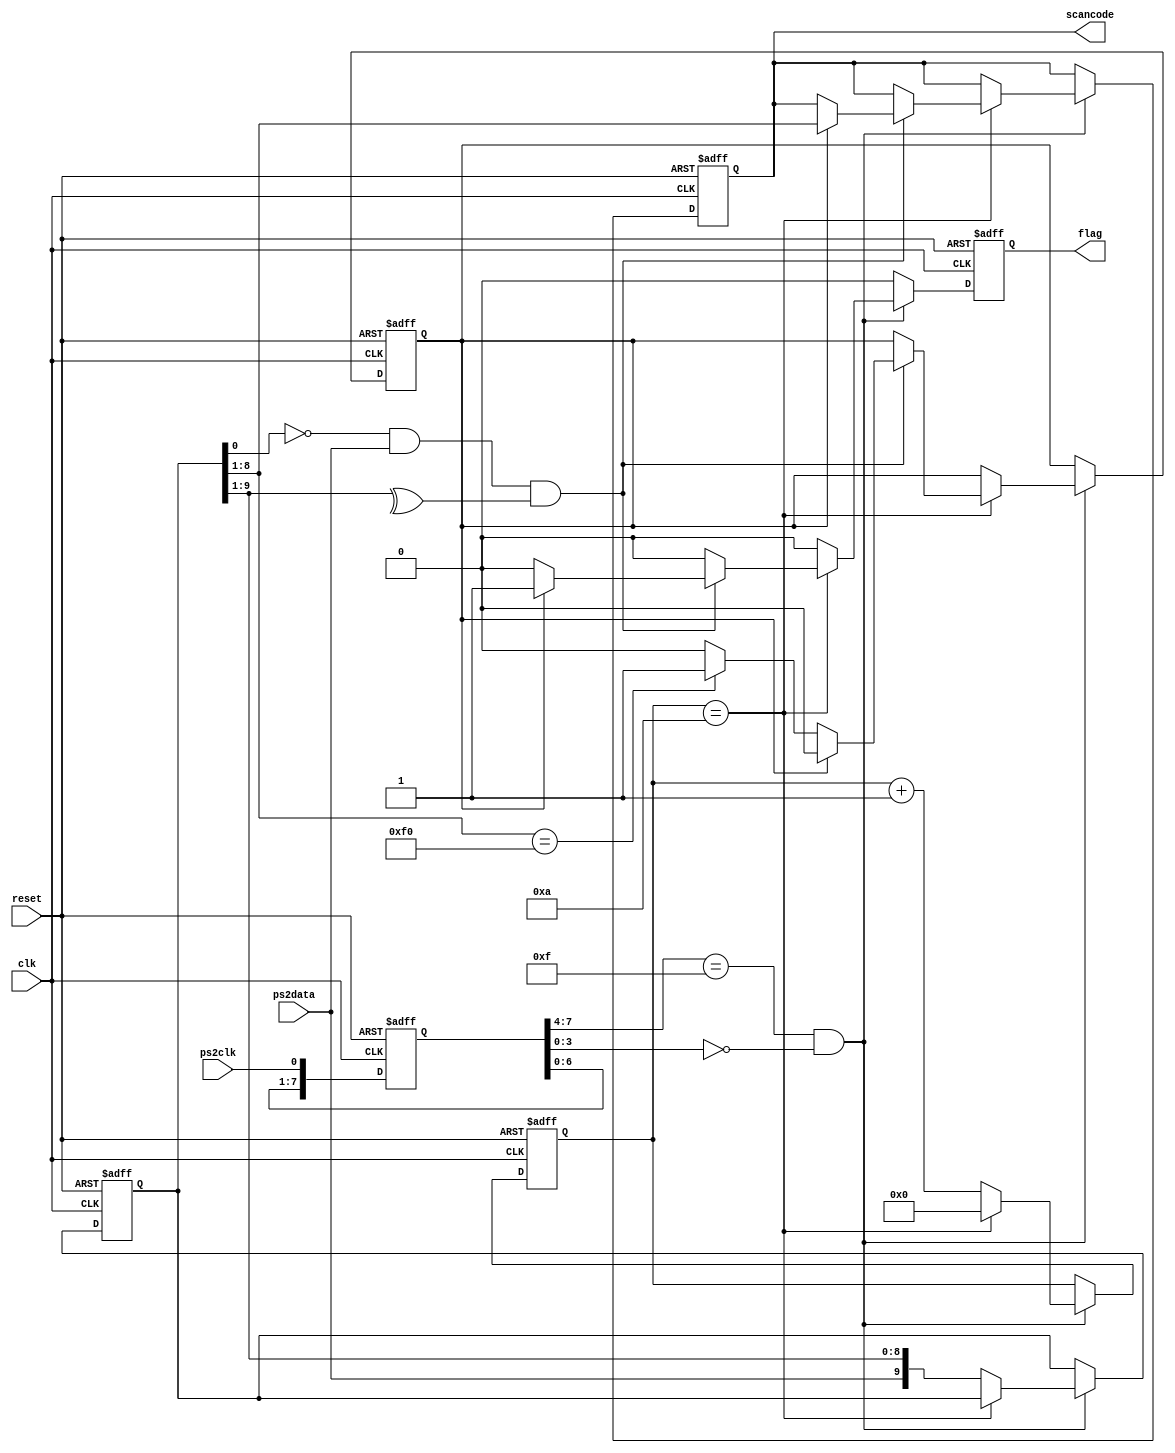
module kbd_protocol (reset, clk, ps2clk, ps2data, scancode, flag);
    input            reset, clk, ps2clk, ps2data;
    output reg [7:0] scancode;
    output reg       flag;
    
    //Synchronize ps2clk to local clock and check for falling edge;
    reg [7:0] ps2clksamples; //Stores last 8 ps2clk samples
    
    always @(posedge clk or posedge reset)
        if(reset) ps2clksamples <= 8'd0;
        else ps2clksamples <= {ps2clksamples[7:0],ps2clk};
    
    wire fall_edge; //indicates a falling edge at ps2clk
    assign fall_edge = (ps2clksamples[7:4]==4'hF)&(ps2clksamples[3:0]==4'h0);
    
    reg [9:0] shift; //Stores a serial package, excluding the stop bit;
    reg [3:0] cnt;  // Used to count the pswdata samples stored so far
    reg       f0;   // Used to indicate that f0 was encountered earlier
    
    always @(posedge clk or posedge reset) begin
        flag <= 1'b0;
        if (reset) begin
            cnt <= 4'd0; scancode <= 8'd0; shift <= 10'd0; f0 <= 1'b0; flag <= 1'b0;
        end
        else if (fall_edge) begin
            if (cnt==4'd10) begin // We just received what should be the stop bit
                cnt <= 0;
                if ((shift[0] == 0) && (ps2data == 1) && (^shift[9:1] == 1)) begin // A well received serial packet
                    if (f0) begin // following a scancode of f0. So a key is released!
                        scancode <= shift[8:1]; f0 <= 0; flag <= 1'b1;
                    end
                else if (shift[8:1] == 8'hF0) f0 <= 1'b1;
                end // All other packets have to do with key presses and are ignored
            end
            else begin
                shift <= {ps2data, shift[9:1]}; // Shift right since LSB first is transmitted
                cnt <= cnt + 1;
            end
        end
    end
endmodule

module pixel_clk(reset, clk, clk25);
	input 		 reset, clk;
	output 		 clk25;
	reg 	[1:0]cnt;
	
	assign clk25 = (cnt==2'd3);
	always @(posedge clk or posedge reset) begin
		if (reset) cnt <= 0;
		else cnt <= cnt + 1;
	end
endmodule

module sync(clk, h_sync, v_sync, xcnt, ycnt);
	input 	clk;
	output	h_sync, v_sync;
	output reg [9:0]xcnt;
	output reg [8:0]ycnt;
	
	reg h, v;
	wire xmax = (xcnt==799);
	wire ymax = (ycnt==448);
	
	always @(posedge clk) begin
		if (xmax) xcnt <= 9'd0;
		else xcnt <= xcnt + 1;
	end
	
	always @(posedge clk) begin
		if (xmax) begin
			if (ymax) ycnt <= 8'd0;
			else ycnt <= ycnt + 1;
		end
	end
	
	always @(posedge clk) begin
		h <= (xcnt>15 && xcnt<112);
		v <= (ycnt>11 && ycnt<14);
	end
	
	assign h_sync = ~h;
	assign v_sync = v;
	
endmodule

module VGA(reset, clk, scancode, flag, xcnt, ycnt, r, g, b);
	input		reset, clk, flag;
	input  [7:0]scancode;
	input  [9:0]xcnt;
	input  [8:0]ycnt;
	output [2:0]r, g, b;
	
	wire [3:0]region;
	
	assign region = (xcnt>10'd160 && xcnt<10'd373) && (ycnt>49 && ycnt<182)  ? 4'd1 :
					(xcnt>10'd372 && xcnt<10'd586) && (ycnt>49 && ycnt<182)  ? 4'd2 :
					(xcnt>10'd585 && xcnt<10'd799) && (ycnt>49 && ycnt<182)  ? 4'd3 :
					(xcnt>10'd160 && xcnt<10'd373) && (ycnt>181 && ycnt<315) ? 4'd4 :
					(xcnt>10'd372 && xcnt<10'd586) && (ycnt>181 && ycnt<315) ? 4'd5 :
					(xcnt>10'd585 && xcnt<10'd799) && (ycnt>181 && ycnt<315) ? 4'd6 :
					(xcnt>10'd160 && xcnt<10'd373) && (ycnt>314 && ycnt<448) ? 4'd7 :
					(xcnt>10'd372 && xcnt<10'd586) && (ycnt>314 && ycnt<448) ? 4'd8 :
					(xcnt>10'd585 && xcnt<10'd799) && (ycnt>314 && ycnt<448) ? 4'd9 : 4'd0;
	
	reg [3:0]rflag;
	reg [8:0]c1, c2, c3, c4, c5, c6, c7, c8, c9;
					
	always @(posedge clk or posedge reset) begin
		if (reset) rflag <= 4'd0;
		else if(flag) begin
			rflag <= (scancode==8'h16) ? 4'd1 :
					 (scancode==8'h1e) ? 4'd2 : 
					 (scancode==8'h26) ? 4'd3 :
					 (scancode==8'h25) ? 4'd4 :
					 (scancode==8'h2e) ? 4'd5 :
					 (scancode==8'h36) ? 4'd6 :
					 (scancode==8'h3d) ? 4'd7 :
					 (scancode==8'h3e) ? 4'd8 :
					 (scancode==8'h46) ? 4'd9 : rflag;
			
			if (rflag==4'd1) begin
				c1 <= (scancode==8'h2d) ? 9'b111000000 :
					  (scancode==8'h34) ? 9'b000111000 :
					  (scancode==8'h32) ? 9'b000000111 : c1;
			end
			if (rflag==4'd2) begin
				c2 <= (scancode==8'h2d) ? 9'b111000000 :
					  (scancode==8'h34) ? 9'b000111000 :
					  (scancode==8'h32) ? 9'b000000111 : c2;
			end
			if (rflag==4'd3) begin
				c3 <= (scancode==8'h2d) ? 9'b111000000 :
					  (scancode==8'h34) ? 9'b000111000 :
					  (scancode==8'h32) ? 9'b000000111 : c3;
			end
			if (rflag==4'd4) begin
				c4 <= (scancode==8'h2d) ? 9'b111000000 :
					  (scancode==8'h34) ? 9'b000111000 :
					  (scancode==8'h32) ? 9'b000000111 : c4;
			end
			if (rflag==4'd5) begin
				c5 <= (scancode==8'h2d) ? 9'b111000000 :
					  (scancode==8'h34) ? 9'b000111000 :
					  (scancode==8'h32) ? 9'b000000111 : c5;
			end
			if (rflag==4'd6) begin
				c6 <= (scancode==8'h2d) ? 9'b111000000 :
					  (scancode==8'h34) ? 9'b000111000 :
					  (scancode==8'h32) ? 9'b000000111 : c6;
			end
			if (rflag==4'd7) begin
				c7 <= (scancode==8'h2d) ? 9'b111000000 :
					  (scancode==8'h34) ? 9'b000111000 :
					  (scancode==8'h32) ? 9'b000000111 : c7;
			end
			if (rflag==4'd8) begin
				c8 <= (scancode==8'h2d) ? 9'b111000000 :
					  (scancode==8'h34) ? 9'b000111000 :
					  (scancode==8'h32) ? 9'b000000111 : c8;
			end
			if (rflag==4'd9) begin
				c9 <= (scancode==8'h2d) ? 9'b111000000 :
					  (scancode==8'h34) ? 9'b000111000 :
					  (scancode==8'h32) ? 9'b000000111 : c9;
			end
		end
	end
	assign {r, g, b} = (region==4'd1) ? c1 :
					   (region==4'd2) ? c2 :
					   (region==4'd3) ? c3 :
					   (region==4'd4) ? c4 :
					   (region==4'd5) ? c5 :
					   (region==4'd6) ? c6 :
					   (region==4'd7) ? c7 :
					   (region==4'd8) ? c8 :
					   (region==4'd9) ? c9 : 9'b000000000;			 
endmodule

module project(reset, clk, ps2data, ps2clk, h_sync, v_sync, r, g, b);
	input 		reset, clk, ps2data, ps2clk;
	output 		h_sync, v_sync;
	output [2:0]r, g, b;
	
	wire	  clk25;
	wire 	  flag;
	wire [7:0]scancode;
	wire [9:0]xcnt;
	wire [8:0]ycnt;
	
	pixel_clk pxl(reset, clk, clk25);
	sync snc(clk25, h_sync, v_sync, xcnt, ycnt);
	kbd_protocol keyboard(reset, clk25, ps2clk, ps2data, scancode, flag);
	VGA vga(reset, clk25, scancode, flag, xcnt, ycnt, r, g, b);
	
endmodule